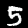
Digit: 5